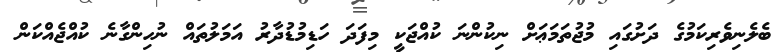
ބެލެނިވެރިކަމުގެ ދަށުގައި މުޖުތަމަޢަށް ނިކުންނަ ކުއްޖަކީ މިފަދަ ހަޑިމުޑުދާރު އަމަލުތައް ނުހިންގާނެ ކުއްޖެއްކަން